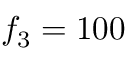
f _ { 3 } = 1 0 0